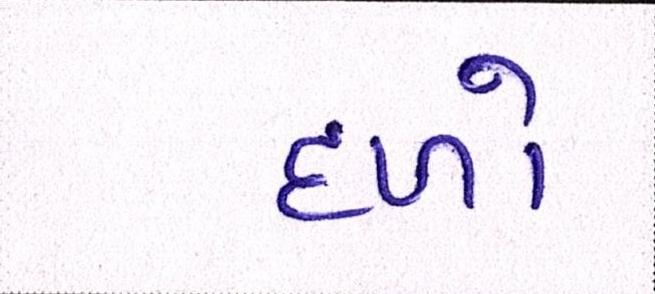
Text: દળો